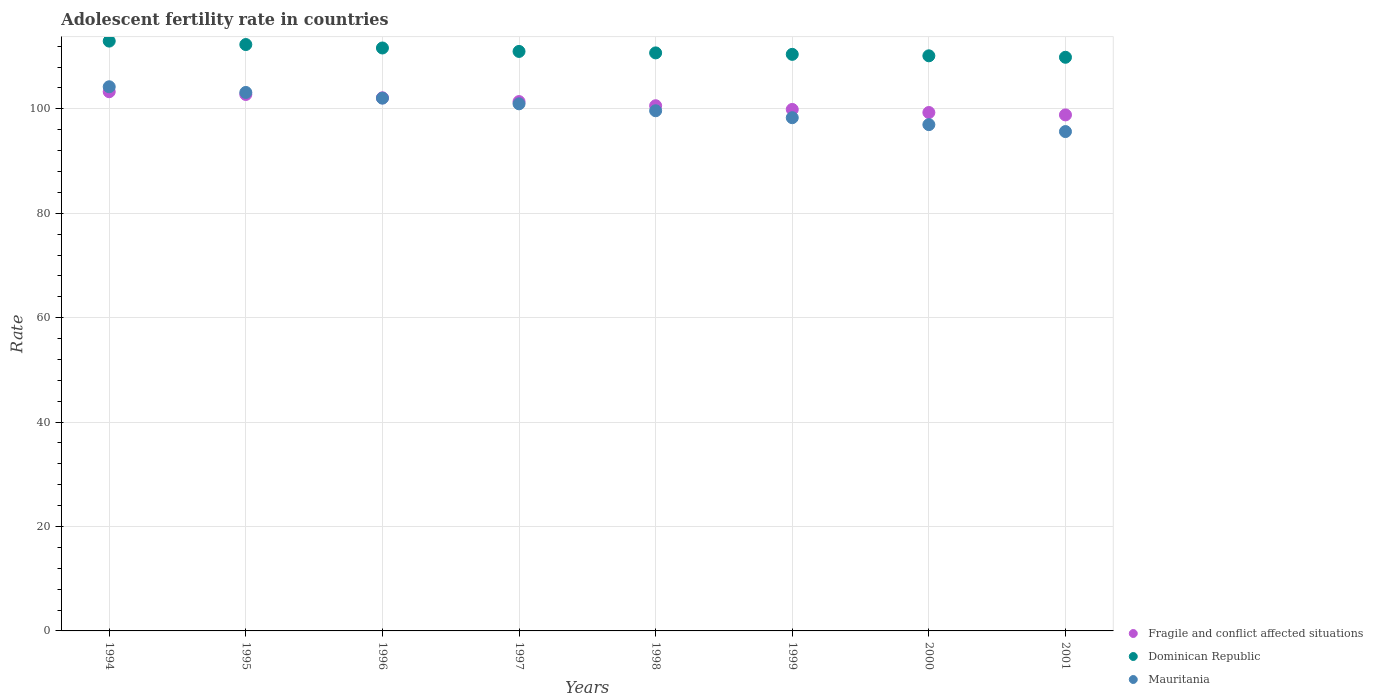
| Years | Fragile and conflict affected situations | Dominican Republic | Mauritania |
 | --- | --- | --- | --- |
 | 1994 | 103 | 113 | 104 |
 | 1995 | 103 | 112 | 103 |
 | 1996 | 102 | 112 | 102 |
 | 1997 | 101 | 111 | 101 |
 | 1998 | 101 | 111 | 99.6 |
 | 1999 | 99.9 | 110 | 98.3 |
 | 2000 | 99.3 | 110 | 97 |
 | 2001 | 98.8 | 110 | 95.6 |